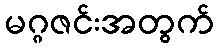
မဂ္ဂဇင်းအတွက်